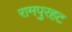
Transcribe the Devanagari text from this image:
रामपुरहट